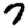
Digit: 7